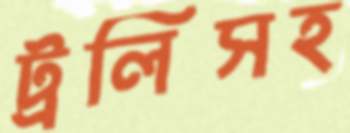
ট্রলিসহ